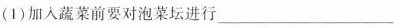
(1)加入蔬菜前要对泡菜坛进行___